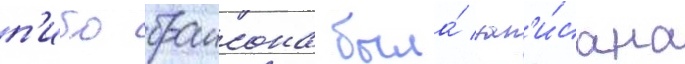
п'ибо браисона была́ зап'и́сана